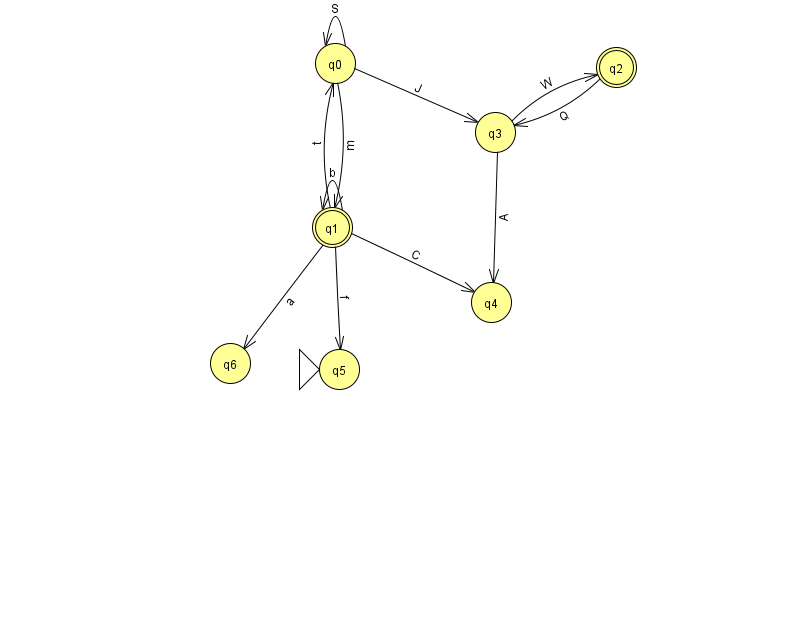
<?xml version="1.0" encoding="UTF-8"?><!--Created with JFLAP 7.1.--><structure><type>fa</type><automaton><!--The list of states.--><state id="0" name="q0"><x>335.0</x><y>50.0</y></state><state id="1" name="q1"><x>332.0</x><y>214.0</y><final/></state><state id="2" name="q2"><x>616.0</x><y>54.0</y><final/></state><state id="3" name="q3"><x>495.0</x><y>119.0</y></state><state id="4" name="q4"><x>491.0</x><y>289.0</y></state><state id="5" name="q5"><x>339.0</x><y>356.0</y><initial/></state><state id="6" name="q6"><x>230.0</x><y>350.0</y></state><!--The list of transitions.--><transition><from>0</from><to>3</to><read>J</read></transition><transition><from>0</from><to>1</to><read>m</read></transition><transition><from>1</from><to>1</to><read>b</read></transition><transition><from>0</from><to>0</to><read>S</read></transition><transition><from>1</from><to>6</to><read>a</read></transition><transition><from>3</from><to>4</to><read>A</read></transition><transition><from>1</from><to>4</to><read>C</read></transition><transition><from>1</from><to>5</to><read>f</read></transition><transition><from>2</from><to>3</to><read>Q</read></transition><transition><from>1</from><to>0</to><read>t</read></transition><transition><from>3</from><to>2</to><read>W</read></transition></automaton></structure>